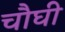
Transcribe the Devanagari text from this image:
चौघी